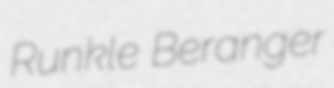
Runkle Beranger